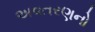
અવતરણનો